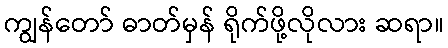
ကျွန်တော် ဓာတ်မှန် ရိုက်ဖို့လိုလား ဆရာ။